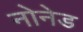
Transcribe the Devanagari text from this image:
नोनेड